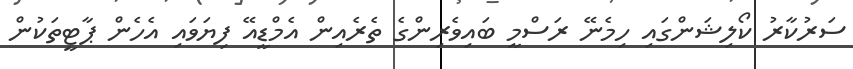
ސަރުކާރު ކޯލިޝަންގައި ހިމެނޭ ރަސްމީ ބައިވެރިންގެ ތެރެއިން އެމްޑީއޭ ފިޔަވައި އެހެން ޕާޓީތަކުން